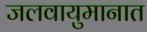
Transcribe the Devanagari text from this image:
जलवायुमानात